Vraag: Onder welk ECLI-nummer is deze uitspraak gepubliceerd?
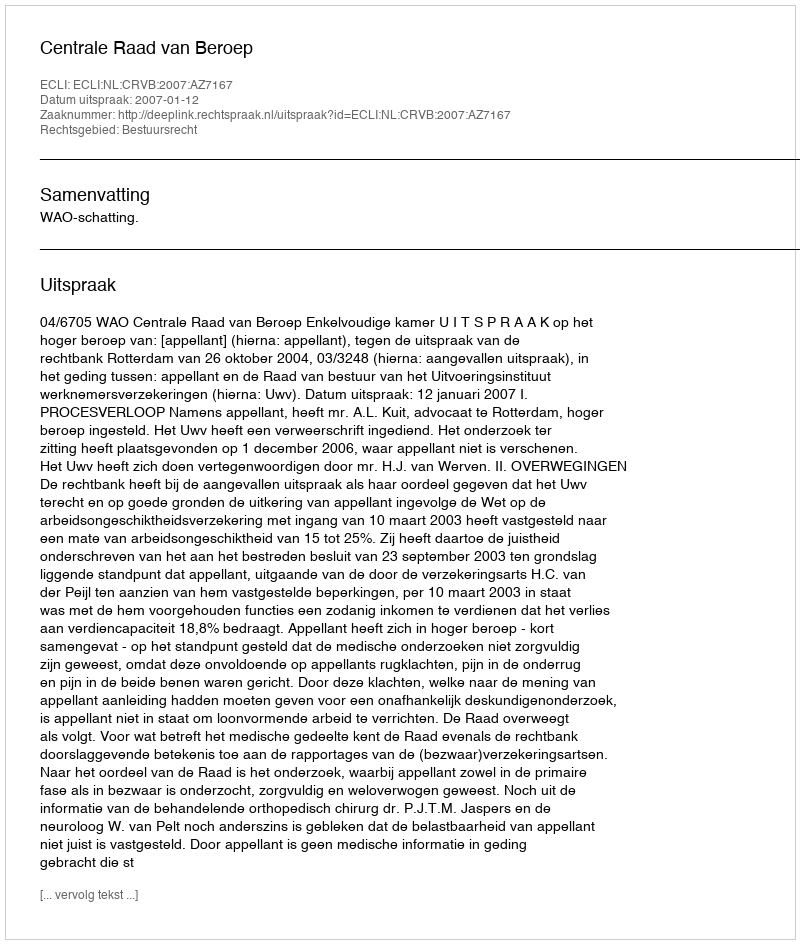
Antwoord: ECLI:NL:CRVB:2007:AZ7167